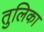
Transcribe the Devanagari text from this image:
तुलिका